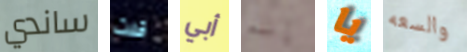
ساندي قلت أبي إنه يا والسعه